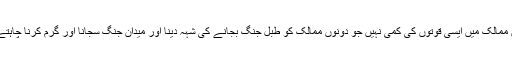
دونوں ممالک میں ایسی قوتوں کی کمی نہیں جو دونوں ممالک کو طبل جنگ بجانے کی شہہ دینا اور میدان جنگ سجانا اور گرم کرنا چاہتے ھیں۔